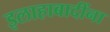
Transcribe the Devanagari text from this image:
इलाहाबादींना